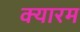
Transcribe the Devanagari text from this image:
क्यारम